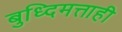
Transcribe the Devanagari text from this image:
बुध्दिमत्ताही